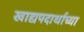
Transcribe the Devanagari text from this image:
खाद्यपदार्थाच्या